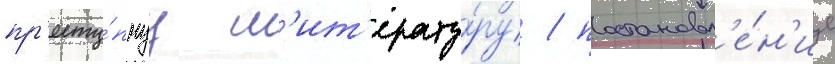
пр'есту́пнуу л'ит'ерату́ру / постановл'е́н'ие